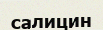
салицин